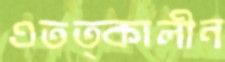
এতত্কালীন